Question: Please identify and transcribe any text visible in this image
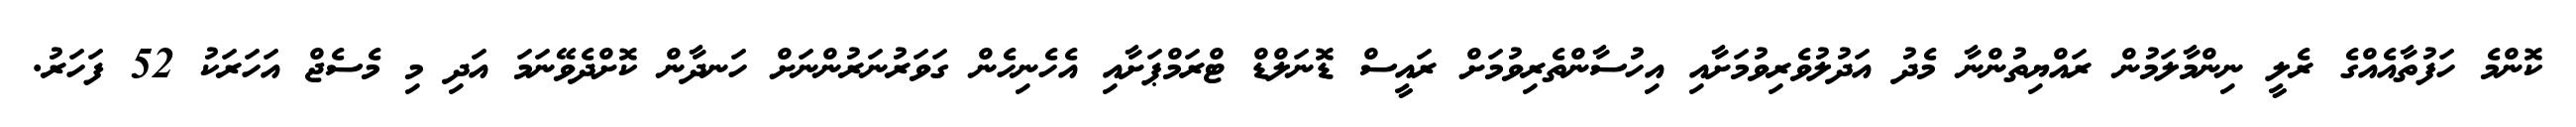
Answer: ކޮންމެ ހަފުތާއެއްގެ ރެލީ ނިންމާލަމުން ރައްޔިތުންނާ މެދު އަދުލުވެރިވުމަށާއި އިހުސާންތެރިވުމަށް ރައީސް ޑޮނަލްޑް ޓްރަމްޕަށާއި އެހެނިހެން ގަވަރުނަރުންނަށް ހަނދާން ކޮށްދެވޭނަމަ އަދި މި މެސެޖް އަހަރަކު 52 ފަހަރު.